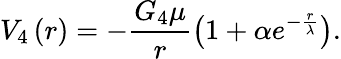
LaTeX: V_{4}\left(r\right)=-\frac{G_{4}\mu}{r}\left(1+\alpha e^{-\frac{r}{\lambda}}\right).